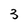
Character: 3